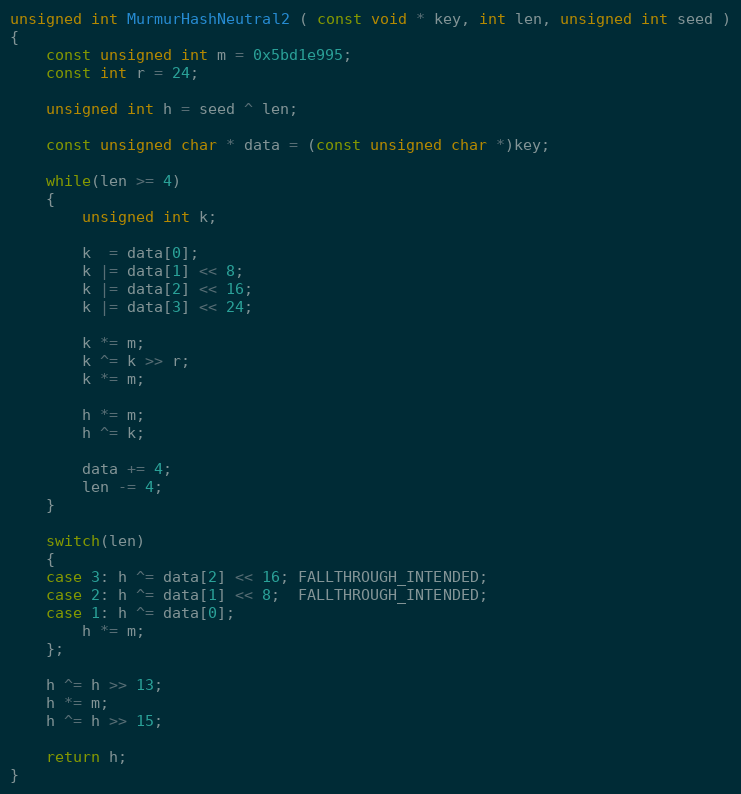
Language: C++
unsigned int MurmurHashNeutral2 ( const void * key, int len, unsigned int seed )
{
    const unsigned int m = 0x5bd1e995;
    const int r = 24;

    unsigned int h = seed ^ len;

    const unsigned char * data = (const unsigned char *)key;

    while(len >= 4)
    {
        unsigned int k;

        k  = data[0];
        k |= data[1] << 8;
        k |= data[2] << 16;
        k |= data[3] << 24;

        k *= m;
        k ^= k >> r;
        k *= m;

        h *= m;
        h ^= k;

        data += 4;
        len -= 4;
    }

    switch(len)
    {
    case 3: h ^= data[2] << 16; FALLTHROUGH_INTENDED;
    case 2: h ^= data[1] << 8;  FALLTHROUGH_INTENDED;
    case 1: h ^= data[0];
        h *= m;
    };

    h ^= h >> 13;
    h *= m;
    h ^= h >> 15;

    return h;
}